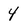
Character: 4